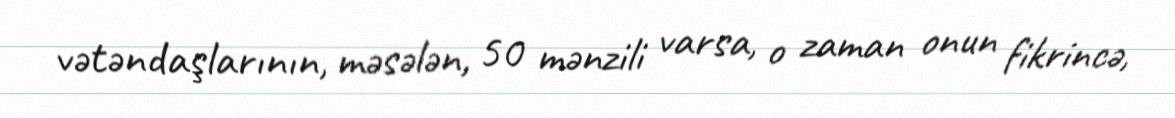
vətəndaşlarının, məsələn, 50 mənzili varsa, o zaman onun fikrincə,